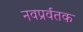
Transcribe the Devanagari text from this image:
नवप्रर्वतक